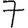
Digit: 7